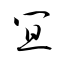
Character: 冝